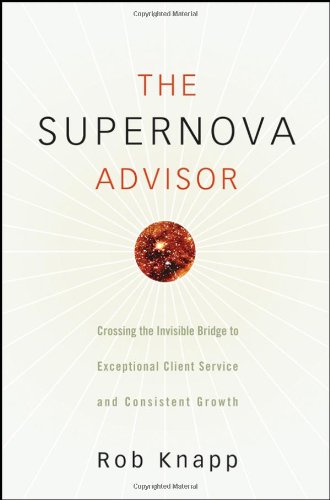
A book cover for The Supernova Advisor: Crossing the Invisible Bridge to Exceptional Client Service and Consistent Growth; Rob Knapp; Business & Money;